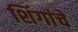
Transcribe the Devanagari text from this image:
शिंगांचे